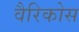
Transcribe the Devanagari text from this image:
वैरिकोस